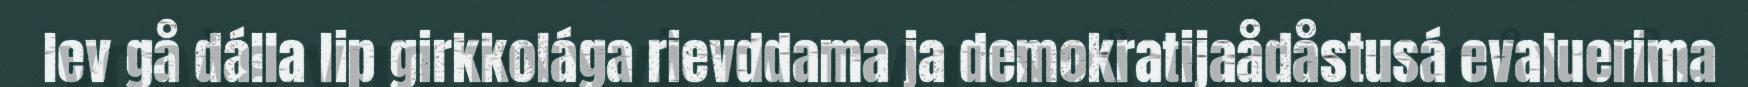
lev gå dálla lip girkkolága rievddama ja demokratijaådåstusá evaluerima